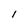
Character: 1